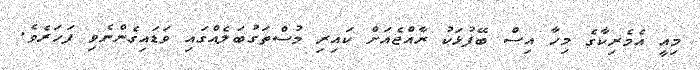
މިއީ އެމެރިކާގެ މިހާ އިސް ބޭފުޅަކު ރާއްޖެއަށް ކައިރި މުސްތަގުބަލެއްގައި ވަޑައިގެންނެވި ފަހަރެވެ.